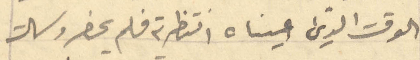
الوقت الذي عيناه انتظرته فلم يحضر وسالت